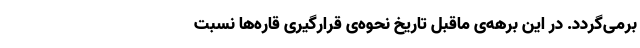
برمی‌گردد. در این برهه‌ی ماقبل تاریخ نحوه‌ی قرارگیری قاره‌ها نسبت